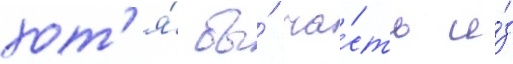
хот'я́ бы́ ча́сть и́з